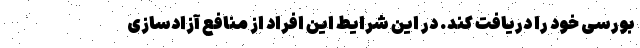
بورسی خود را دریافت کند. در این شرایط این افراد از منافع آزادسازی